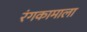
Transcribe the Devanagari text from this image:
रंगकामाला